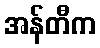
အန်တီက